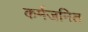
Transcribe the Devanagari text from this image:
कर्मजनित